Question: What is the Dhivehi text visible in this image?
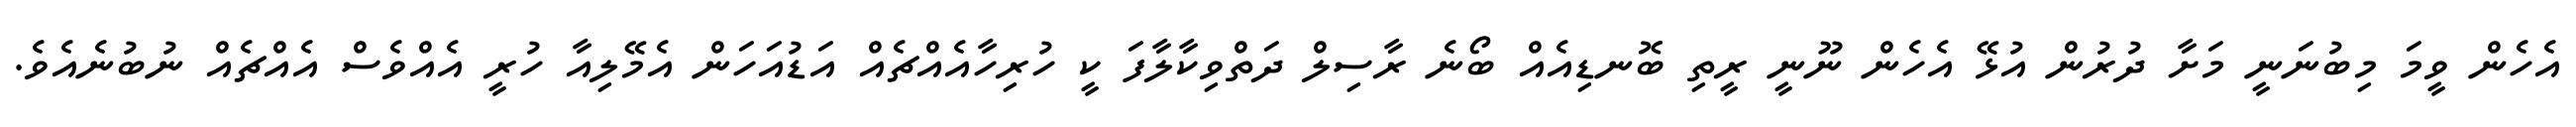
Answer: އެހެން ވީމަ މިބުނަނީ މަށާ ދުރުން އުޅޭ އެހެން ނޫނީ ރީތި ބޮނޑިއެއް ބޯނެ ރާސިލް ދަތްވިކާލާފަ ކީ ހުރިހާއެއްޗެއް އަޑުއަހަން އެމޭލިއާ ހުރީ އެއްވެސް އެއްޗެއް ނުބުނެއެވެ.